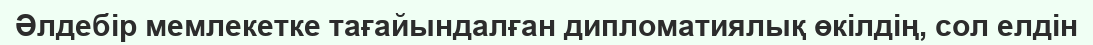
Әлдебір мемлекетке тағайындалған дипломатиялық өкілдің, сол елдін